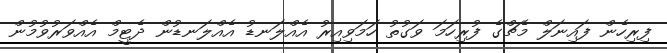
ފިރިހެން ފައިނަލް މެޗްގެ ފުރިހަމަ ވަގުތު ހަމަވިއިރު އެއްލަނޑު އެއްލަނޑުން ދެޓީމް އެއްވަރުވުމުން